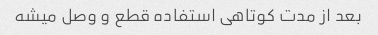
بعد از مدت کوتاهی استفاده قطع و وصل میشه